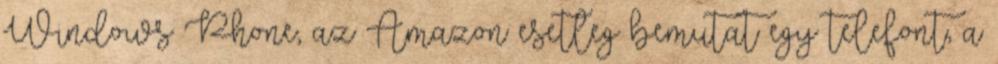
Windows Phone, az Amazon esetleg bemutat egy telefont, a